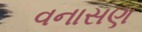
વનાસણ